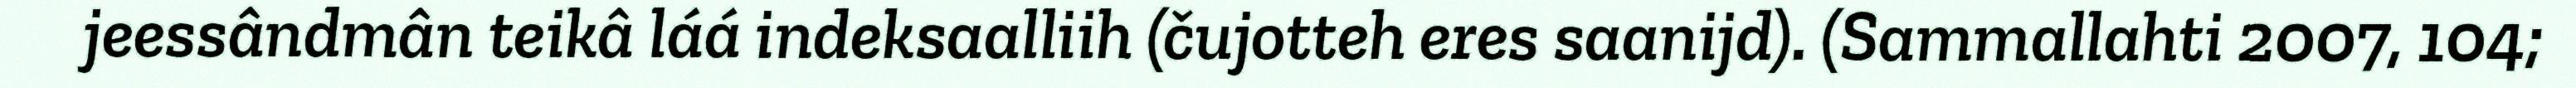
jeessândmân teikâ láá indeksaalliih (čujotteh eres saanijd). (Sammallahti 2007, 104;